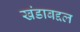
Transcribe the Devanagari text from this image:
खंडाबद्दल